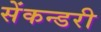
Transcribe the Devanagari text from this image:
सेंकन्‍डरी